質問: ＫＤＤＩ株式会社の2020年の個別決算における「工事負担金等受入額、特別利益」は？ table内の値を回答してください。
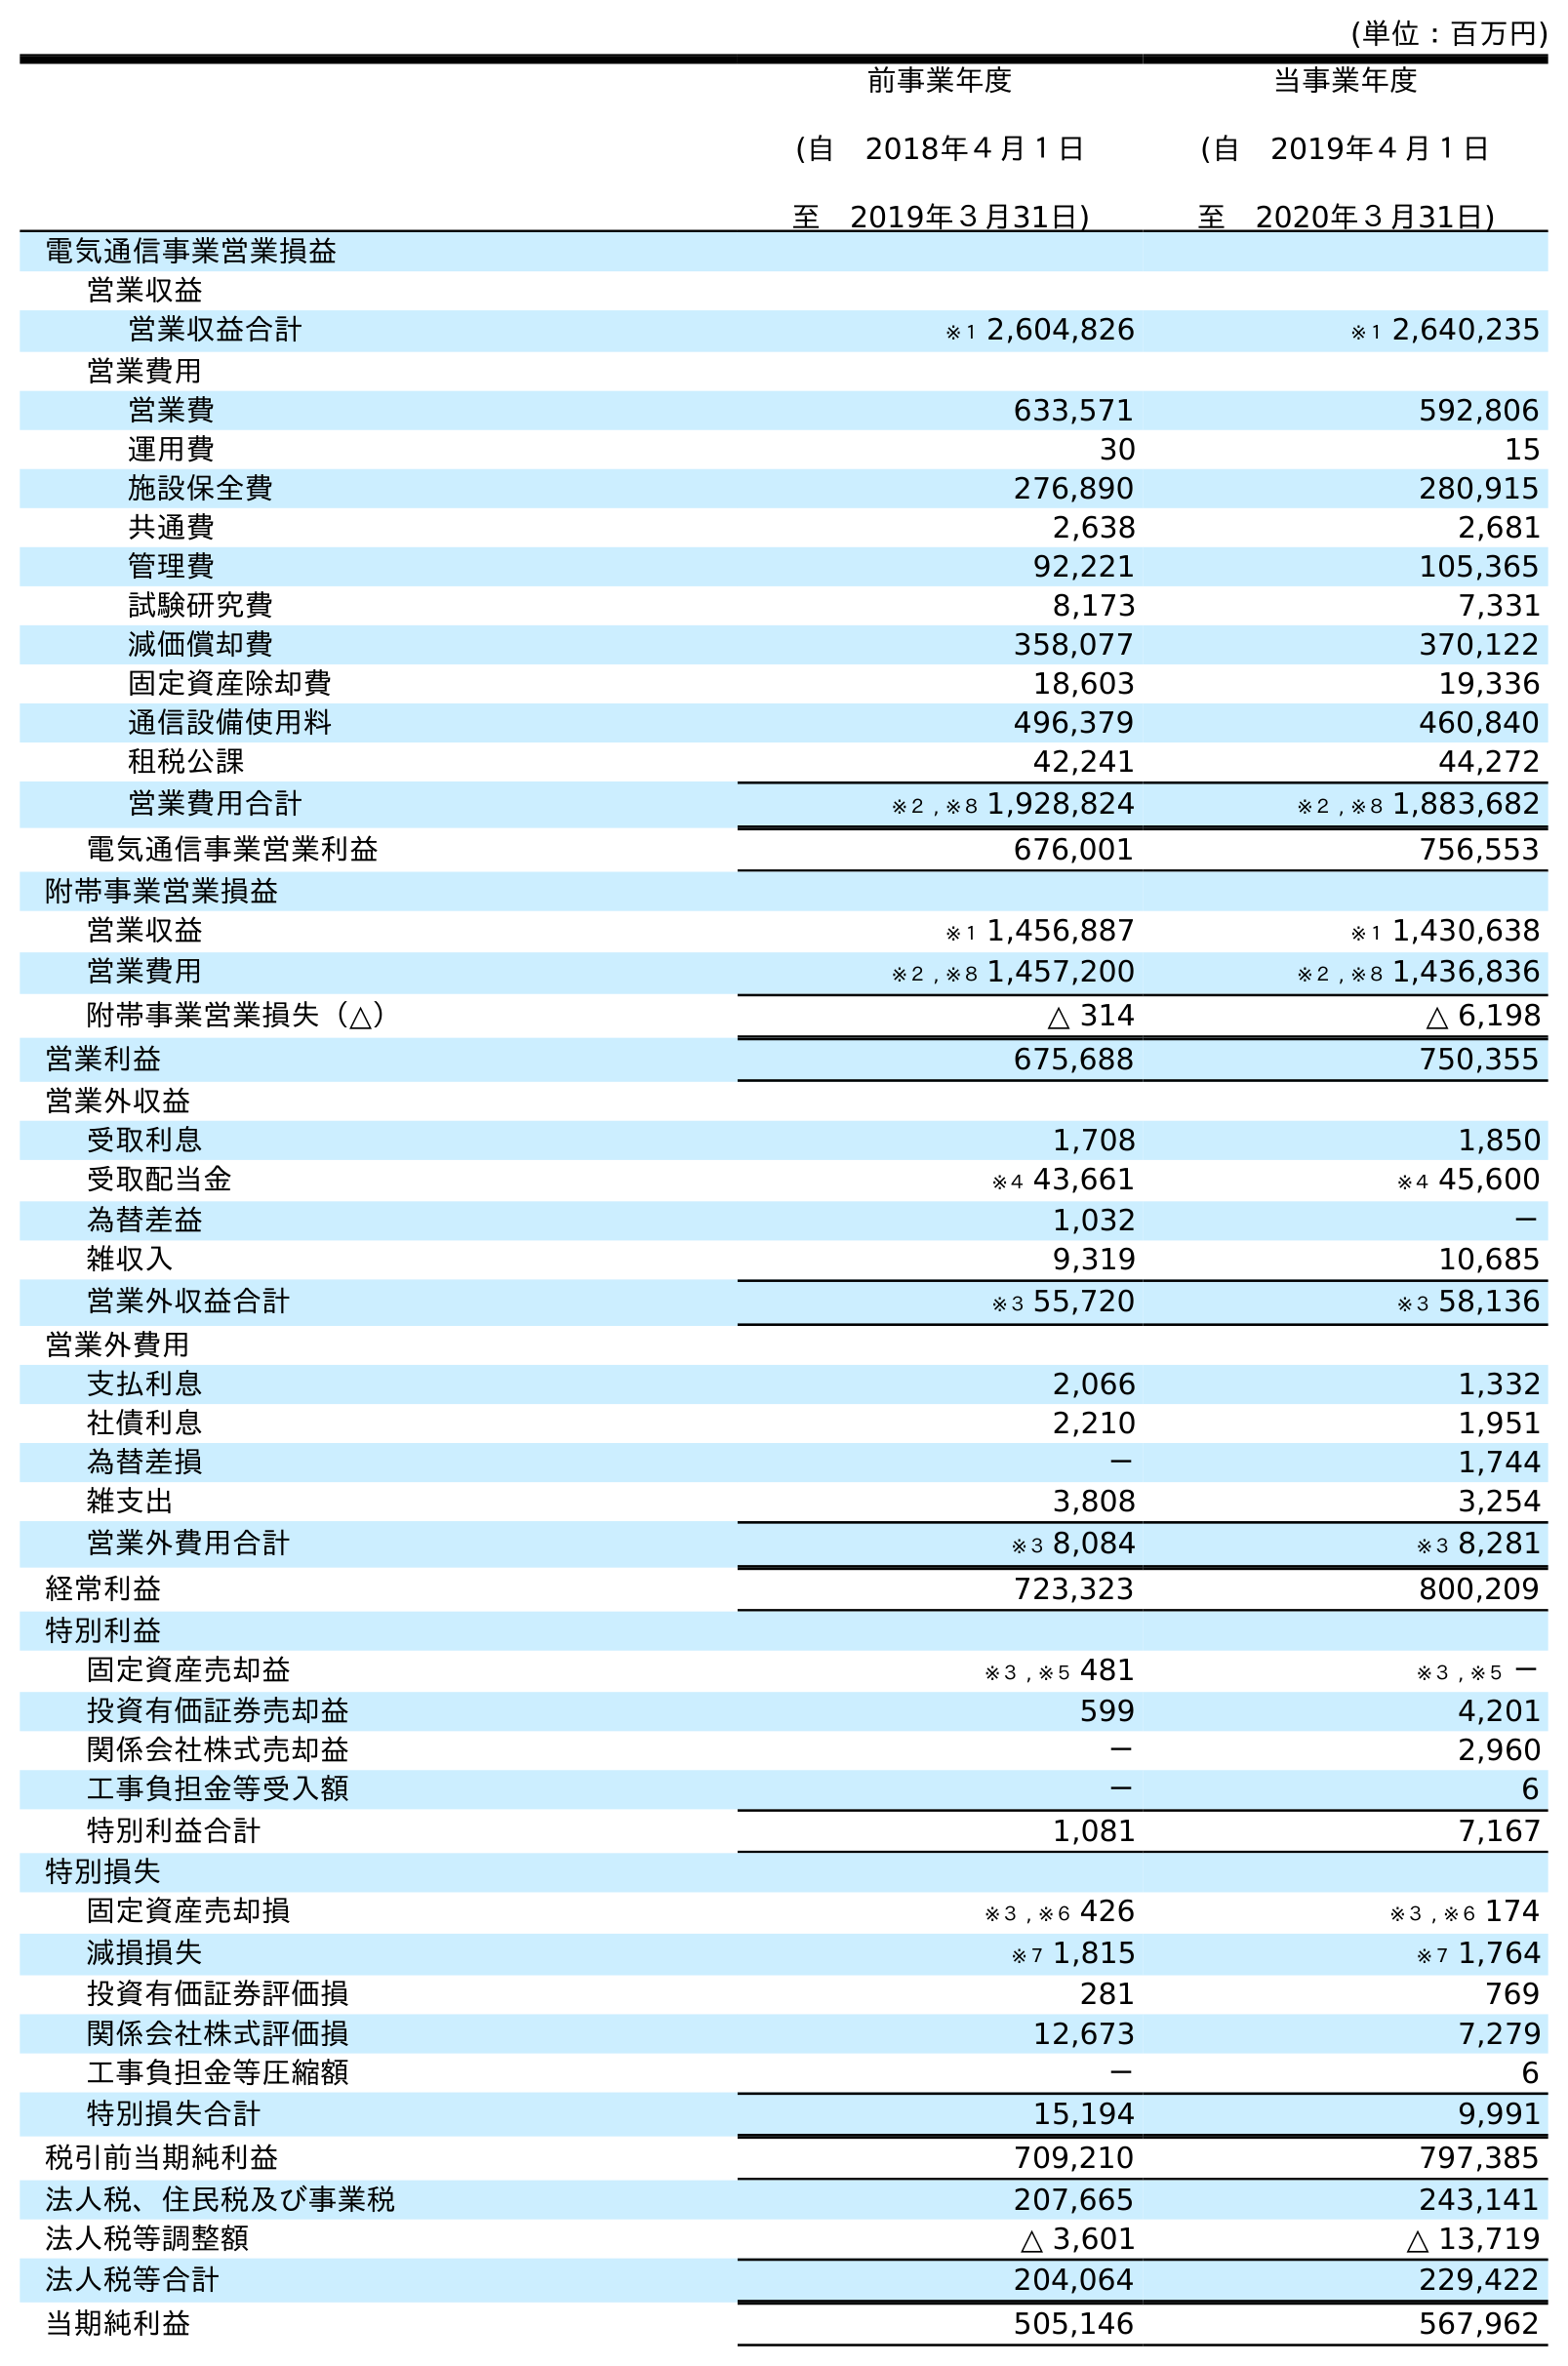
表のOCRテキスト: (単位：百万円) 前事業年度 (自 2018年４月１日 至 2019年３月31日) 当事業年度 (自 2019年４月１日 至 2020年３月31日) 電気通信事業営業損益 営業収益 営業収益合計 ※１ 2,604,826 ※１ 2,640,235 営業費用 営業費 633,571 592,806 運用費 30 15 施設保全費 276,890 280,915 共通費 2,638 2,681 管理費 92,221 105,365 試験研究費 8,173 7,331 減価償却費 358,077 370,122 固定資産除却費 18,603 19,336 通信設備使用料 496,379 460,840 租税公課 42,241 44,272 営業費用合計 ※２ , ※８ 1,928,824 ※２ , ※８ 1,883,682 電気通信事業営業利益 676,001 756,553 附帯事業営業損益 営業収益 ※１ 1,456,887 ※１ 1,430,638 営業費用 ※２ , ※８ 1,457,200 ※２ , ※８ 1,436,836 附帯事業営業損失（△） △ 314 △ 6,198 営業利益 675,688 750,355 営業外収益 受取利息 1,708 1,850 受取配当金 ※４ 43,661 ※４ 45,600 為替差益 1,032 － 雑収入 9,319 10,685 営業外収益合計 ※３ 55,720 ※３ 58,136 営業外費用 支払利息 2,066 1,332 社債利息 2,210 1,951 為替差損 － 1,744 雑支出 3,808 3,254 営業外費用合計 ※３ 8,084 ※３ 8,281 経常利益 723,323 800,209 特別利益 固定資産売却益 ※３ , ※５ 481 ※３ , ※５ － 投資有価証券売却益 599 4,201 関係会社株式売却益 － 2,960 工事負担金等受入額 － 6 特別利益合計 1,081 7,167 特別損失 固定資産売却損 ※３ , ※６ 426 ※３ , ※６ 174 減損損失 ※７ 1,815 ※７ 1,764 投資有価証券評価損 281 769 関係会社株式評価損 12,673 7,279 工事負担金等圧縮額 － 6 特別損失合計 15,194 9,991 税引前当期純利益 709,210 797,385 法人税、住民税及び事業税 207,665 243,141 法人税等調整額 △ 3,601 △ 13,719 法人税等合計 204,064 229,422 当期純利益 505,146 567,962
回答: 6